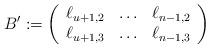
LaTeX: \begin{align*}B':=\left(\begin{array}{ccccccc}\ell_{u+1,2}&\ldots&\ell_{n-1,2}\\\ell_{u+1,3}&\ldots&\ell_{n-1,3}\end{array}\right)\end{align*}